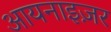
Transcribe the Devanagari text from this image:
आयनाइज़र